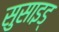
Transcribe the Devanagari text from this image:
सुसाइड्